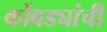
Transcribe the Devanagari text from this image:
कोंबड्यांची